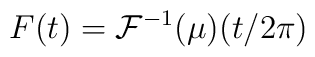
F(t) = \mathcal{F}^{-1}(\mu)(t/2 \pi)